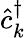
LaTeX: \hat{c}_{k}^{\dagger}